Indian journal of veterinary science and animal husbandry - Volume 11,
Year: 1941
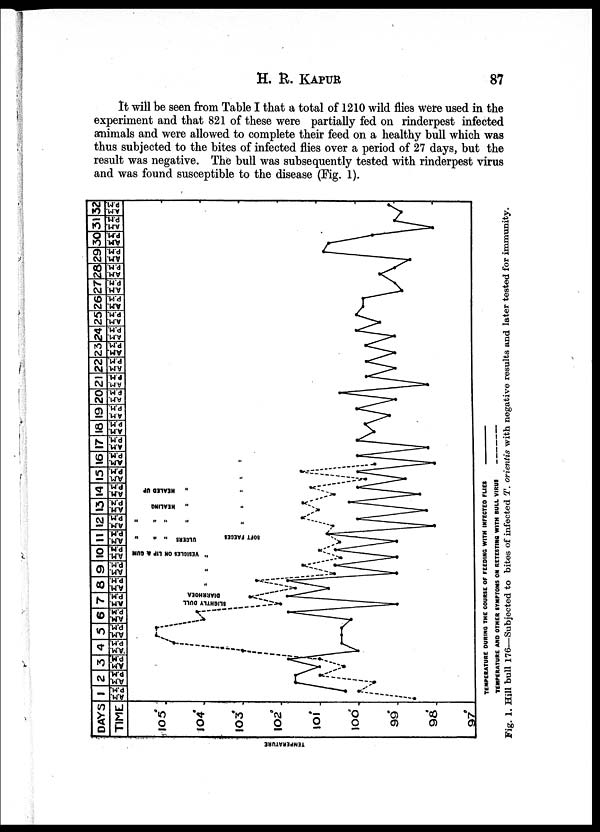
H.
R.
KAPUR
87
It will be seen from Table I that a total of 1210 wild flies were used in the
experiment and that 821 of these were partially fed on rinderpest infected
animals and were allowed to complete their feed on a healthy bull which was
thus subjected to the bites of infected flies over a period of 27 days, but the
result was negative. The bull was subsequently tested with rinderpest virus
and was found susceptible to the disease (Fig. 1).
Fig. 1. Hill bull 176—Subjected to bites of infected T. orientis with negative results and later tested for immunity.